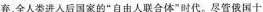
弃，全人类进入后国家的”自由人联合体”时代。尽管俄国十